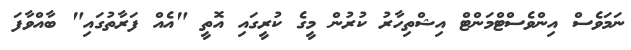
ނަމަވެސް އިންވެސްޓްމަންޓް އިޝްތިހާރު ކުރުން މީގެ ކުރީގައި އޮތީ "އެއް ފަރާތުގައި" ބާއްވާފަ